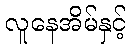
လူနေအိမ်နှင့်